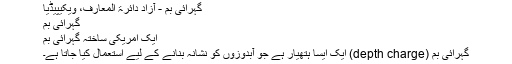
گہرائی بم - آزاد دائرۃ المعارف، ویکیپیڈیا
گہرائی بم
ایک امریکی ساختہ گہرائی بم
گہرائی بم (depth charge) ایک ایسا ہتھیار ہے جو آبدوزوں کو نشانہ بنانے کے لیے استعمال کیا جاتا ہے۔